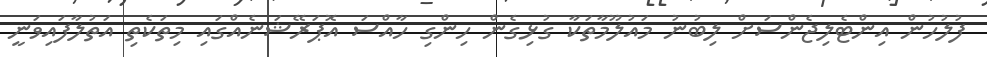
ފުލުހުން އިންޓެލިޖެންސަށް ލިބުނު މައުލޫމާތަކާ ގުޅިގެން ހިންގި ހާއްސަ އޮޕަރޭޝަނެއްގައި މިތަކެތި އަތުލާފައިވަނީ